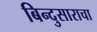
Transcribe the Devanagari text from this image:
बिन्दुसाराचा